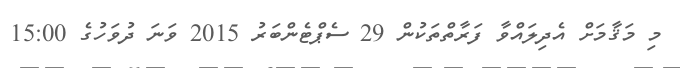
މި މަޤާމަށް އެދިލައްވާ ފަރާތްތަކުން 29 ސެޕްޓެންބަރު 2015 ވަނަ ދުވަހުގެ 15:00